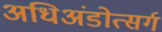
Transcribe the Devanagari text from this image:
अधिअंडोत्सर्ग